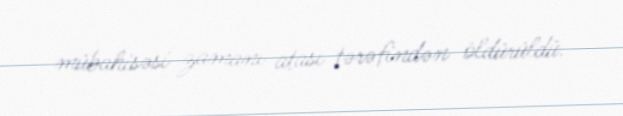
mübahisəsi zamanı atası tərəfindən öldürüldü.